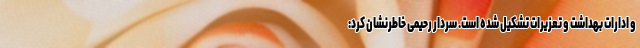
و ادارات بهداشت و تعزیرات تشکیل شده است. سردار رحیمی خاطرنشان کرد: